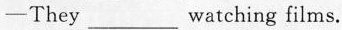
—They___watching films.